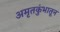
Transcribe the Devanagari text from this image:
अमृतकुंभातून